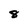
Character: 8